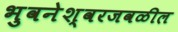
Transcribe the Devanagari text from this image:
भुवनेश्वरजवळील